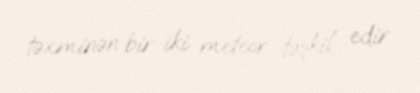
təxminən bir-iki meteor təşkil edir.